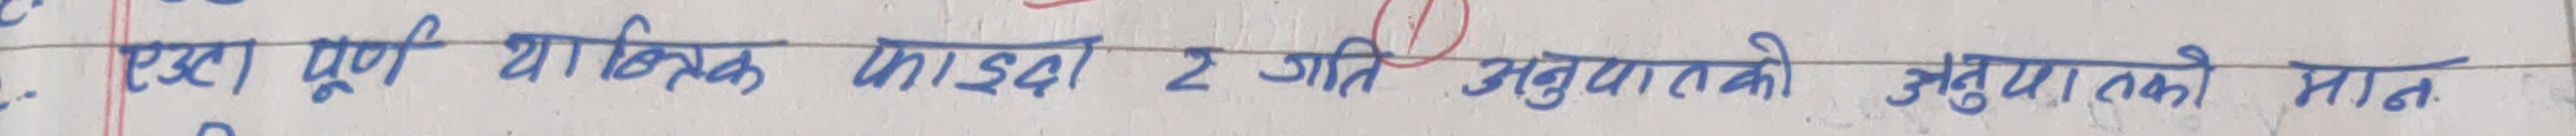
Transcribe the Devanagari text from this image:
एउटा पूर्ण यांत्रिक फाइदा २ गति अनुपातको उचाइको मान